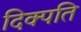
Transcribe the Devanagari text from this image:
दिक्पति